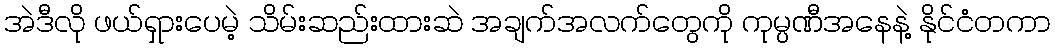
အဲဒီလို ဖယ်ရှားပေမဲ့ သိမ်းဆည်းထားဆဲ အချက်အလက်တွေကို ကုမ္ပဏီအနေနဲ့ နိုင်ငံတကာ